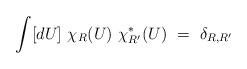
LaTeX: \begin{align*}\int [dU]~\chi_R(U)~\chi^*_{R'}(U)~=~\delta_{R,R'}\end{align*}